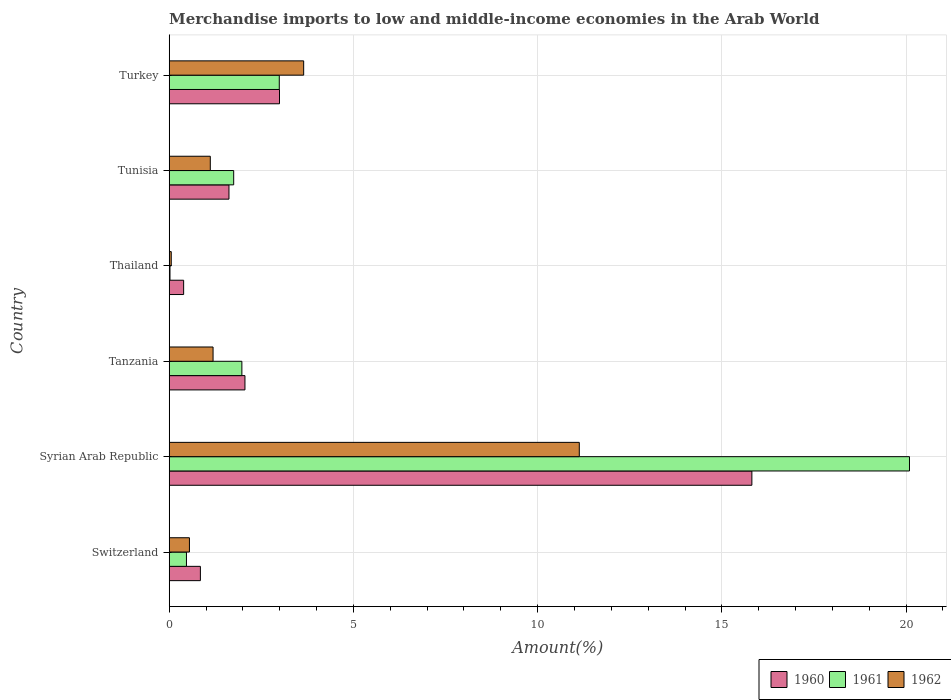
| Country | 1960 | 1961 | 1962 |
 | --- | --- | --- | --- |
 | Switzerland | 0.846 | 0.468 | 0.549 |
 | Syrian Arab Republic | 15.8 | 20.1 | 11.1 |
 | Tanzania | 2.06 | 1.97 | 1.19 |
 | Thailand | 0.392 | 0.0213 | 0.0555 |
 | Tunisia | 1.62 | 1.75 | 1.12 |
 | Turkey | 2.99 | 2.99 | 3.65 |